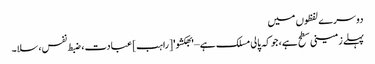
دوسرے لفظوں میں
پہلے زمینی سطح ہے، جو کہ پالی مسلک ہے – 'بھکشو' [راہب] عبادت، ضبط نفس، سلا۔